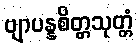
ဗျာပန္နစိတ္တသုတ္တံ